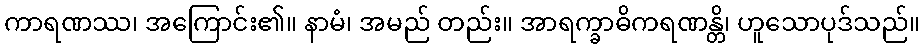
ကာရဏဿ၊ အကြောင်း၏။ နာမံ၊ အမည် တည်း။ အာရက္ခာဓိကရဏန္တိ၊ ဟူသောပုဒ်သည်။